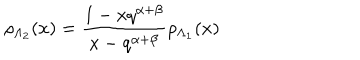
\rho _ { \Lambda _ { 2 } } ( x ) = \frac { 1 - x q ^ { \alpha + \beta } } { x - q ^ { \alpha + \beta } } \rho _ { \Lambda _ { 1 } } ( x )